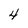
Character: 4